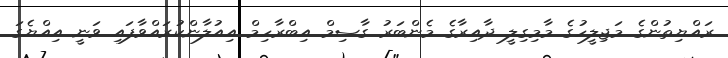
ރައްޔިތުންގެ މަޖިލީހުގެ މާމިގިލީ ދާއިރާގެ މެންބަރު ގާސިމް އިބްރާހިމް އިއުލާންކުރައްވާފައި ވަނީ އިއްޔެގަ